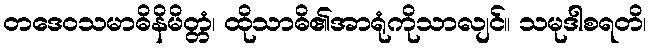
တဒေဝသမာဓိနိမိတ္တံ၊ ထိုသာဓိ၏အာရုံကိုသာလျင်။ သမုဒါစရတိ၊